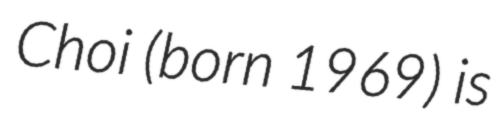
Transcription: Choi (born 1969) is